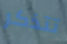
تتذكر